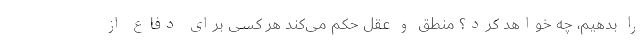
را بدهیم، چه خواهد کرد؟ منطق و عقل حکم می‌کند هر کسی برای دفاع از